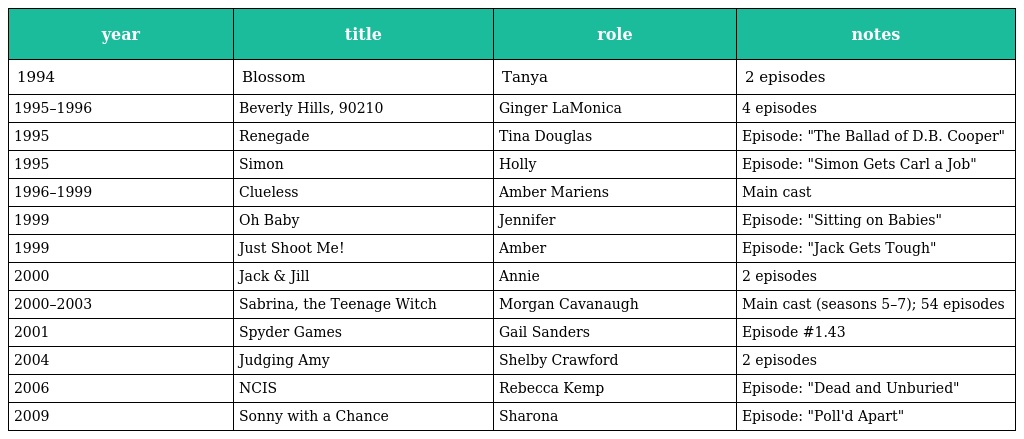
| year | title | role | notes |
 | --- | --- | --- | --- |
 | 1994 | Blossom | Tanya | 2 episodes |
 | 1995–1996 | Beverly Hills, 90210 | Ginger LaMonica | 4 episodes |
 | 1995 | Renegade | Tina Douglas | Episode: "The Ballad of D.B. Cooper" |
 | 1995 | Simon | Holly | Episode: "Simon Gets Carl a Job" |
 | 1996–1999 | Clueless | Amber Mariens | Main cast |
 | 1999 | Oh Baby | Jennifer | Episode: "Sitting on Babies" |
 | 1999 | Just Shoot Me! | Amber | Episode: "Jack Gets Tough" |
 | 2000 | Jack & Jill | Annie | 2 episodes |
 | 2000–2003 | Sabrina, the Teenage Witch | Morgan Cavanaugh | Main cast (seasons 5–7); 54 episodes |
 | 2001 | Spyder Games | Gail Sanders | Episode #1.43 |
 | 2004 | Judging Amy | Shelby Crawford | 2 episodes |
 | 2006 | NCIS | Rebecca Kemp | Episode: "Dead and Unburied" |
 | 2009 | Sonny with a Chance | Sharona | Episode: "Poll'd Apart" |